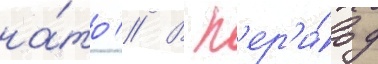
на́то // В п'ер'и́од